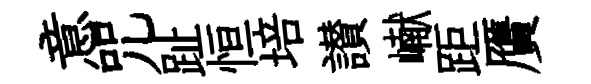
意咒趾恒培讃𪩘距贋